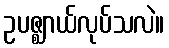
ဥပဇ္ဈာယ်လုပ်သလဲ။